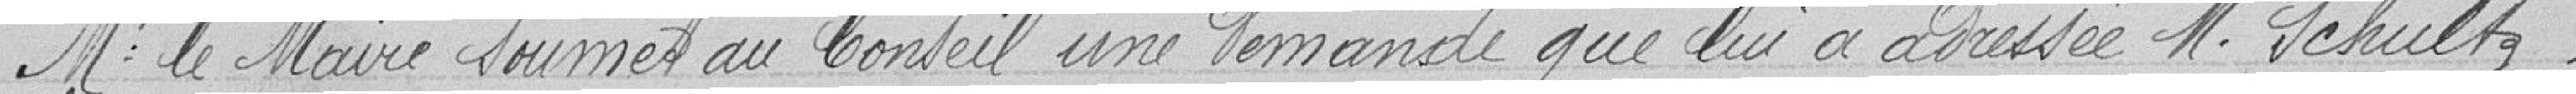
Mr le Maire soumet au Conseil une demande que lui a adressé M. Schultz